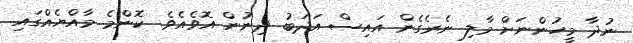
ނުދާ މީހުންނަށް މާލި ނެރެގެން އައިސް އަދަބު ދިނުން އޮވެއެވެ. ކޮންމެ މާއްޔެއްގައި